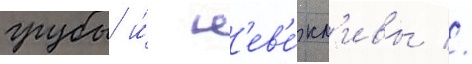
грубы и́ н'ев'е́жл'ивы //